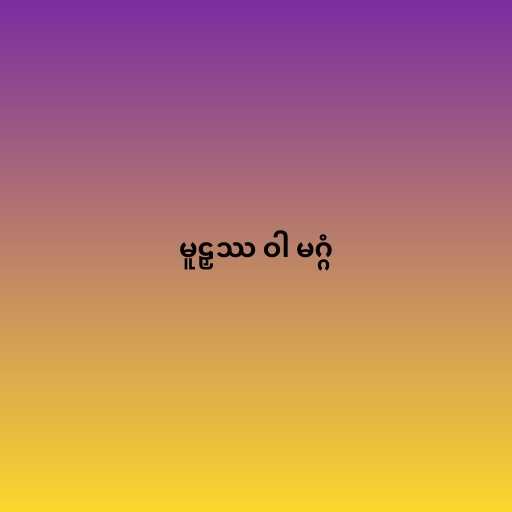
မူဠှဿ ဝါ မဂ္ဂံ